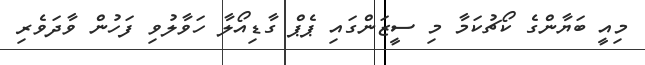
މިއީ ބަޔާންގެ ކޯޗުކަމާ މި ސީޒަންގައި ޕެޕް ގާޑިއޯލާ ހަވާލުވި ފަހުން ވާދަވެރި